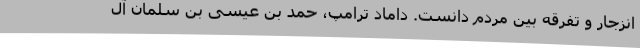
انزجار و تفرقه بین مردم دانست. داماد ترامپ، حمد بن عیسی بن سلمان آل